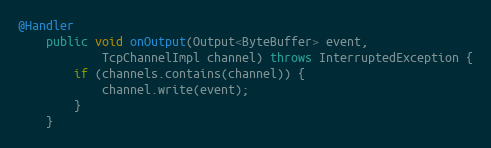
Language: Java
@Handler
    public void onOutput(Output<ByteBuffer> event,
            TcpChannelImpl channel) throws InterruptedException {
        if (channels.contains(channel)) {
            channel.write(event);
        }
    }